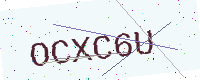
Text: OCXC6U